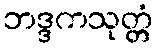
ဘဒ္ဒကသုတ္တံ